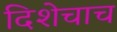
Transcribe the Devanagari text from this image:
दिशेचाच